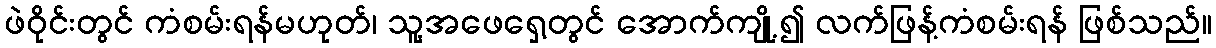
ဖဲဝိုင်းတွင် ကံစမ်းရန်မဟုတ်၊ သူ့အဖေရှေ့တွင် အောက်ကျို့၍ လက်ဖြန့်ကံစမ်းရန် ဖြစ်သည်။